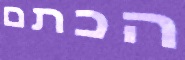
הכתם